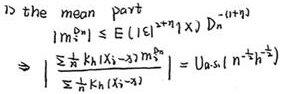
1) the mean part
\[
\begin{align*}
|\mathbb{E}m_n^0| &\leq \mathbb{E}(|\xi|\cdot x^{-\alpha}\times 1) \times D_n^{-(1+\eta)}\\
&\ll \left|\sum_{k=1}^{n} \frac{\mathbb{E}K_1(X_1-\lambda_1-m_k^0)}{\sqrt{k} h}\right|=O_{a.s.}\left(n^{-\frac{1}{2}} h^{\frac{1}{2}}\right)
\end{align*}
\]